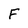
Character: F